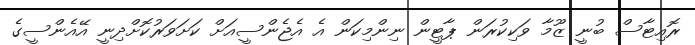
ރޮއިޓާސް ބުނީ ޒޫމާ ވަކިކުރަން ޕާޓީން ނިންމިކަން އެ އެޖެންސީއަށް ކަށަވަރުކޮށްދިނީ އޭއެންސީގެ